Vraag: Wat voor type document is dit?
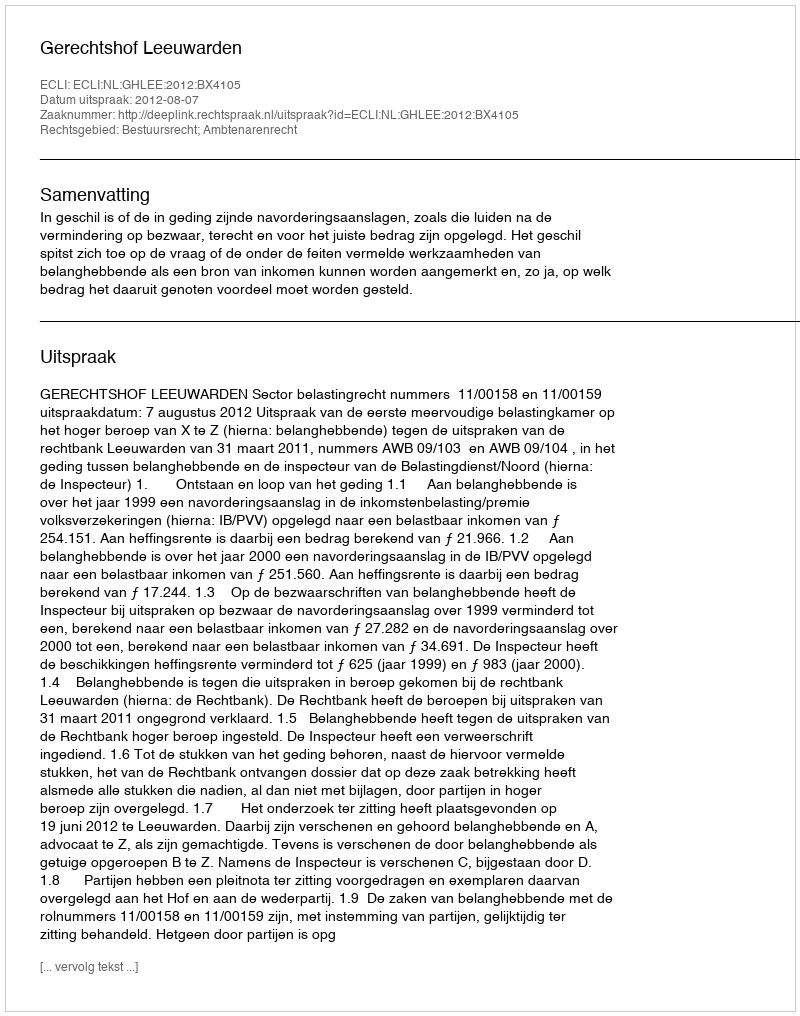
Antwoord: Uitspraak